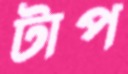
টাপ